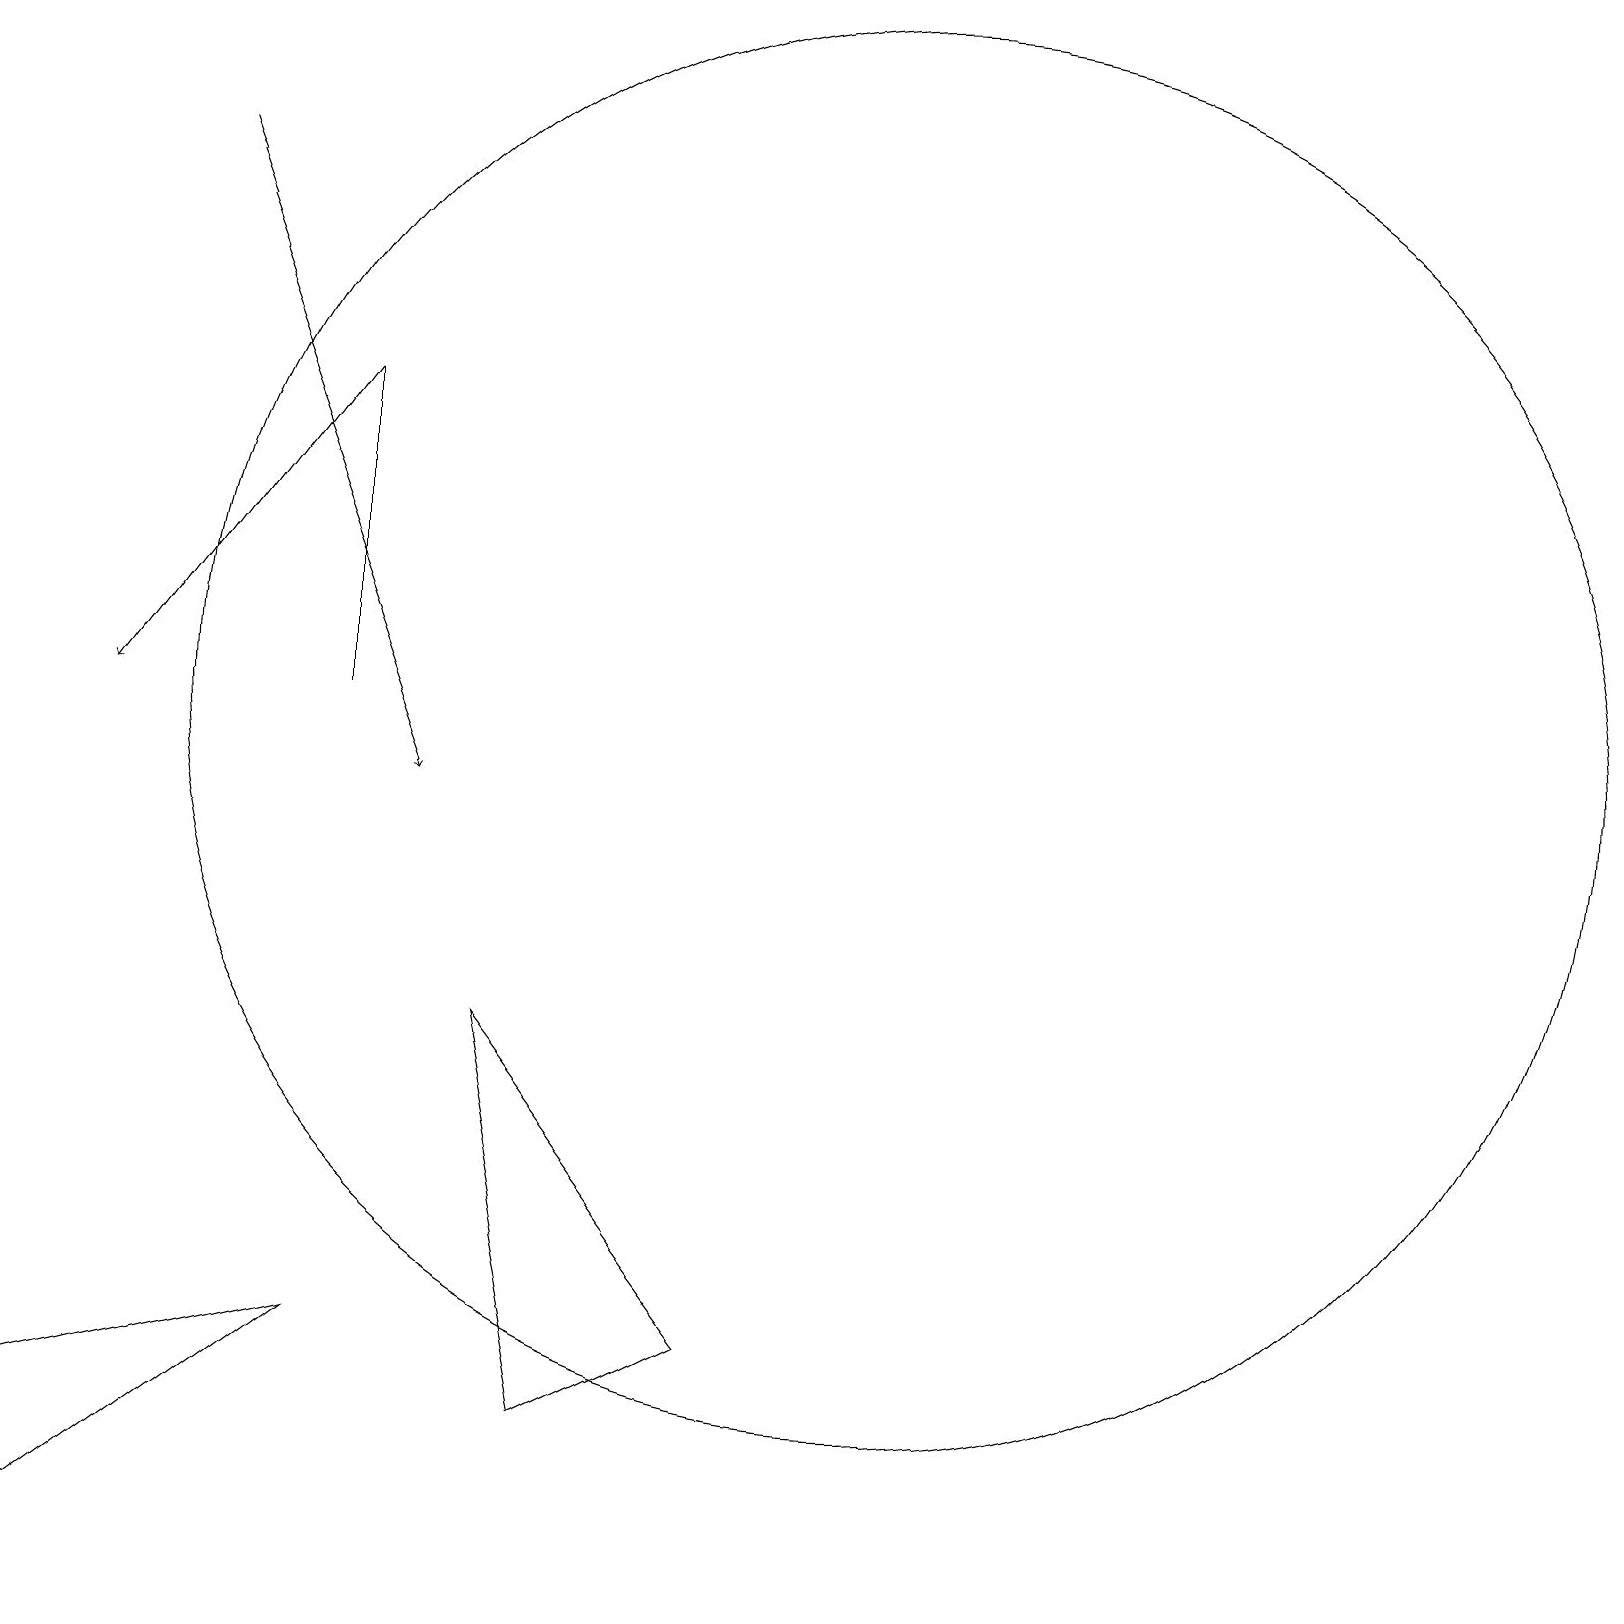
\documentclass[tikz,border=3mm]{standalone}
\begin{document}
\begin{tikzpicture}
\draw (4,11) rectangle (4,15);
\draw[->] (4,15) -- (1,11);
\draw (6,7) -- (9,3) -- (7,2) -- cycle;
\draw (11,11) circle (9);
\draw (4,3) -- (0,2) -- (0,0) -- cycle;
\draw[->] (2,18) -- (5,10);
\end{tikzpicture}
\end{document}